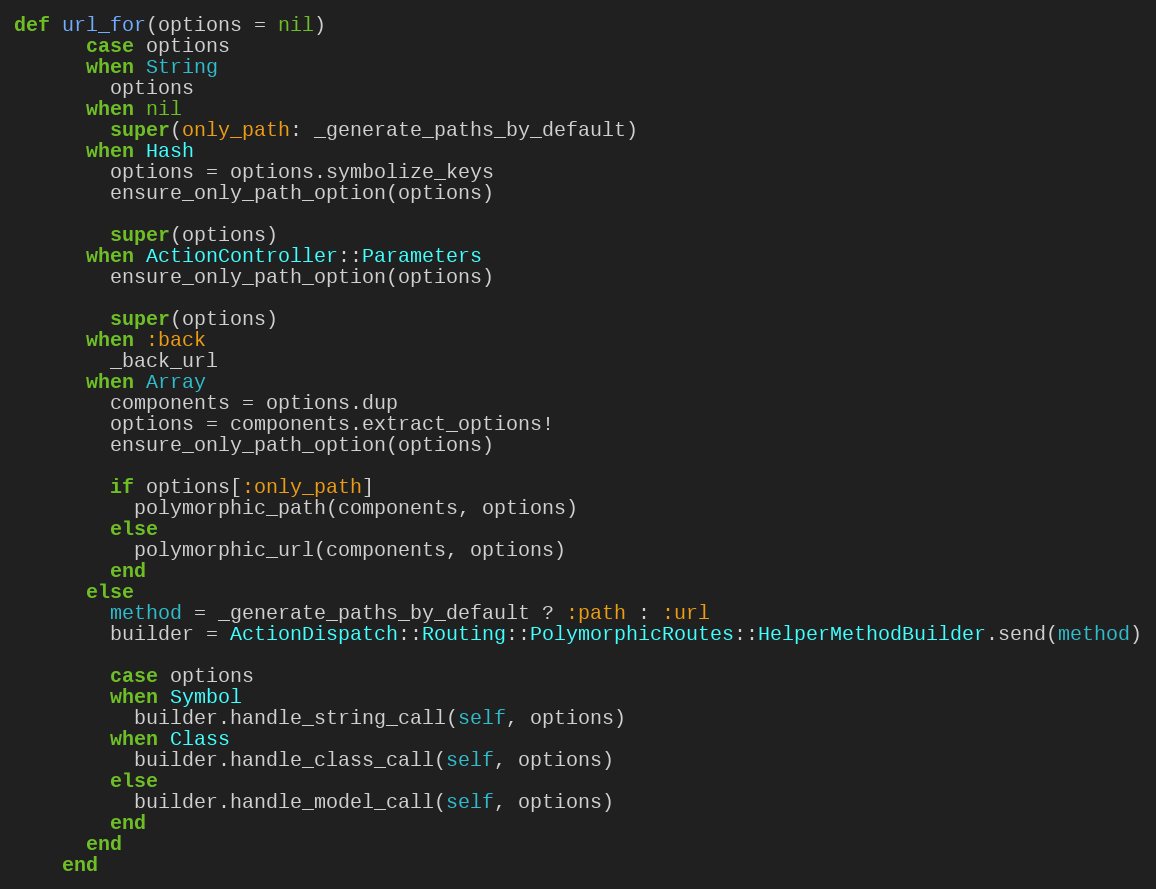
Language: Ruby
def url_for(options = nil)
      case options
      when String
        options
      when nil
        super(only_path: _generate_paths_by_default)
      when Hash
        options = options.symbolize_keys
        ensure_only_path_option(options)

        super(options)
      when ActionController::Parameters
        ensure_only_path_option(options)

        super(options)
      when :back
        _back_url
      when Array
        components = options.dup
        options = components.extract_options!
        ensure_only_path_option(options)

        if options[:only_path]
          polymorphic_path(components, options)
        else
          polymorphic_url(components, options)
        end
      else
        method = _generate_paths_by_default ? :path : :url
        builder = ActionDispatch::Routing::PolymorphicRoutes::HelperMethodBuilder.send(method)

        case options
        when Symbol
          builder.handle_string_call(self, options)
        when Class
          builder.handle_class_call(self, options)
        else
          builder.handle_model_call(self, options)
        end
      end
    end